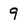
Character: 9